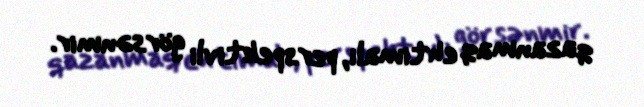
qazanmaq ehtimalı, perspektivli görsənmir.